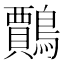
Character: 𪆲